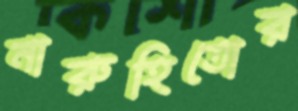
নারুহিতোর